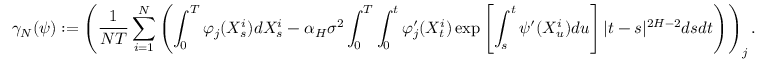
\gamma _ { N } ( \psi ) : = \left( \frac { 1 } { N T } \sum _ { i = 1 } ^ { N } \left( \int _ { 0 } ^ { T } \varphi _ { j } ( X _ { s } ^ { i } ) d X _ { s } ^ { i } - \alpha _ { H } \sigma ^ { 2 } \int _ { 0 } ^ { T } \int _ { 0 } ^ { t } \varphi _ { j } ^ { \prime } ( X _ { t } ^ { i } ) \exp \left[ \int _ { s } ^ { t } \psi ^ { \prime } ( X _ { u } ^ { i } ) d u \right] | t - s | ^ { 2 H - 2 } d s d t \right) \right) _ { j } .